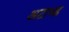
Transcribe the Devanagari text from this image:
अटाच्ड